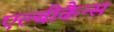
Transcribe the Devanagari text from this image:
एल्बीकैन्स